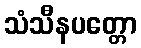
သံသီနပတ္တော